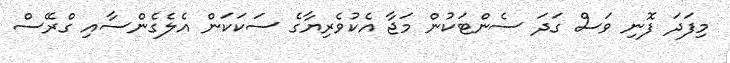
މިފަދަ ފޮނި ވަސް ގަދަ ސެންޓަކުން މަޖާ އެކުވެރިޔާގެ ސަކަކަން އެލެގެންސާއި ގްރޭސް